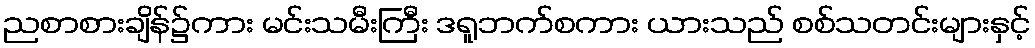
ညစာစားချိန်၌ကား မင်းသမီးကြီး ဒရူဘက်စကား ယားသည် စစ်သတင်းများနှင့်